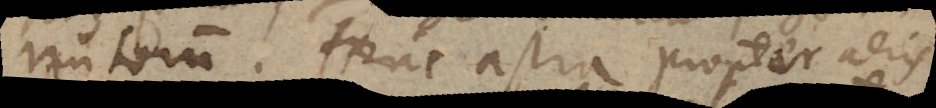
nutorum. Hinc astra propter aeris